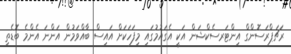
ރަޗަޕްރަސޮންގް އިންޓަރސެކްޝަން އަކީ އެގައުމުގައި މިފަހަކަށް އައިސް ބާއްވަމުން އަންނަ އެންމެ ބޮޑެތި